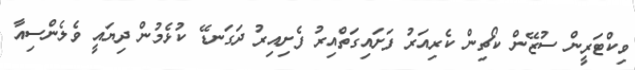
ވިކްޓަރީން ސުޒޭން ކޯޗިން ކެރިއަރު ފަށައިގަތްއިރު ފެށިއިރު ދަގަނޑޭ ކުޅެމުން ދިޔައީ ވެލެންސިއާ